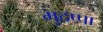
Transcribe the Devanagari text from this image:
मुदप्पा